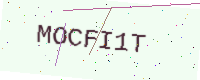
Text: MOCFI1T